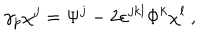
\gamma _ { p } \chi ^ { j } = \Psi ^ { j } - 2 \varepsilon ^ { j k l } \Phi ^ { k } \chi ^ { l } ~ ,